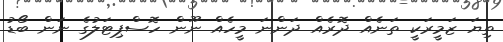
ތިޔަ ޒަމީރަކީ ތަނެއް ދޮރެއް ދަންނަ މީހެއް ނޫން ހޮސްޕިޓަލުގެ ނަން ބޯޑު